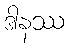
ဒါနဿ